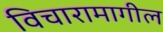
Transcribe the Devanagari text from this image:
विचारामागील